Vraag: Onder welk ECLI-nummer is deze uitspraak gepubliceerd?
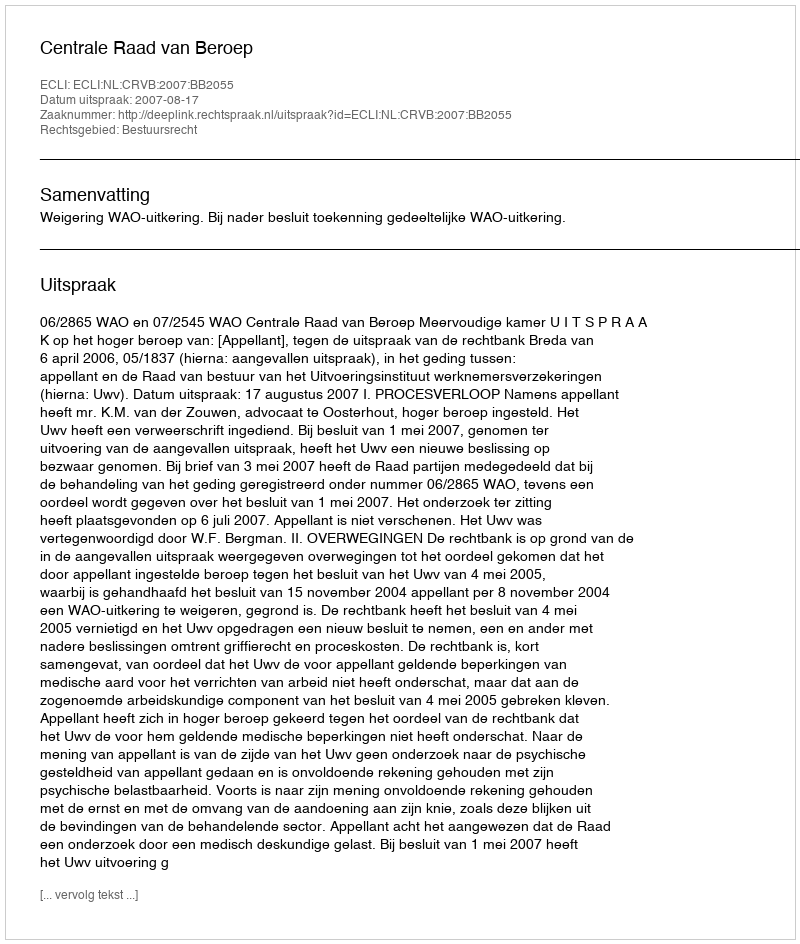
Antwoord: ECLI:NL:CRVB:2007:BB2055